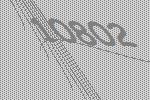
10802